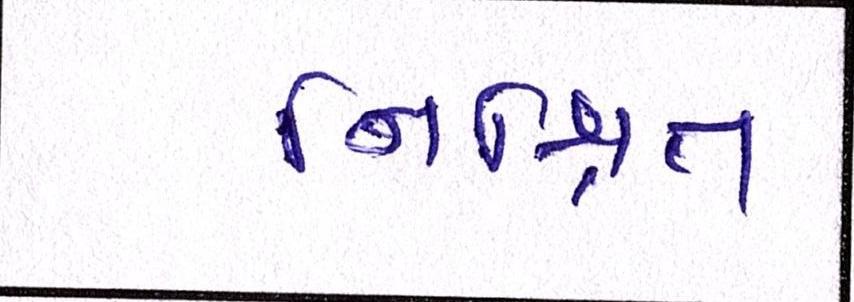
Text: નિશ્ચિત